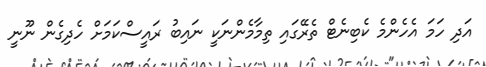
އަދި ހަމަ އެހެންމެ ކެބިނެޓް ތެރޭގައި ތިމާމެންނަކީ ނައިބު ރައީސްކަމަށް ހެދިގެން ނޫނީ